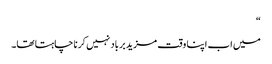
“
میں اب اپنا وقت مزید برباد نہیں کرنا چاہتا تھا۔